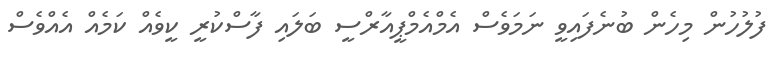
ފުލުހުން މިހެން ބުނެފައިވީ ނަމަވެސް އެމްއެމްޕީއާރްސީ ބަލައި ފާސްކުރީ ކީވެއް ކަމެއް އެއްވެސް